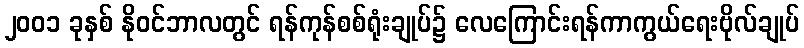
၂၀၀၁ ခုနှစ် နိုဝင်ဘာလတွင် ရန်ကုန်စစ်ရုံးချုပ်၌ လေကြောင်းရန်ကာကွယ်ရေးဗိုလ်ချုပ်